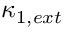
\kappa _ { 1 , e x t }